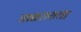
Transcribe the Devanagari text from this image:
घाबरायचा